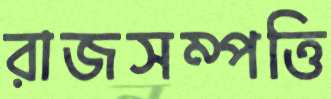
রাজসম্পত্তি